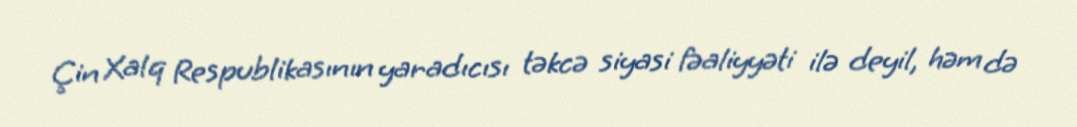
Çin Xalq Respublikasının yaradıcısı təkcə siyasi fəaliyyəti ilə deyil, həm də